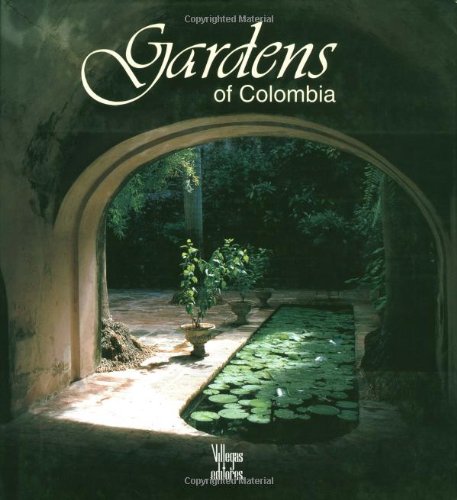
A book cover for Gardens of Colombia; Benjamin Villegas; Travel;